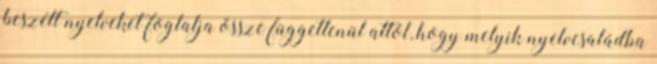
beszélt nyelveket foglalja össze függetlenül attól, hogy melyik nyelvcsaládba